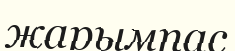
жарымпас